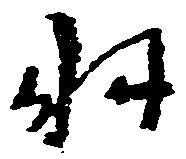
羽